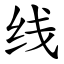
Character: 线